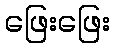
ဖြေးဖြေး